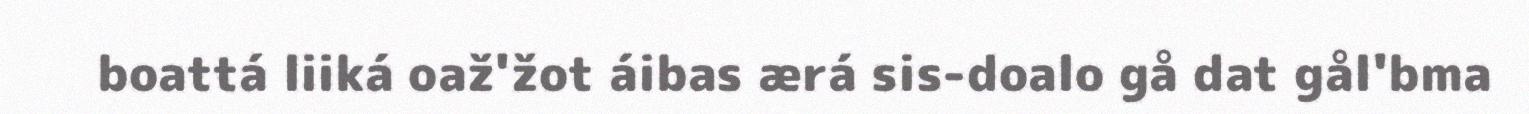
boattá liiká oaž'žot áibas ærá sis-doalo gå dat gål'bma